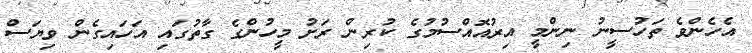
އެހެންވެ ތަހުސީނު ނިންމީ އިރުއޮއްސުމުގެ ކުރިން ރަށު މީހުންގެ ގާތުގައި އަހައިގެން ވިޔަސް